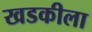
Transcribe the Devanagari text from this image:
खडकीला